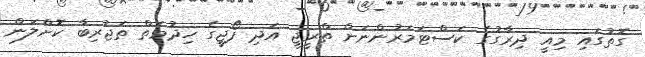
ގޮތުގައި މިއީ ދިރާގުގެ ކަސްޓަމަރުންނަށް ތްރީޖީ އަދި ފޯޖީގެ ހިދުމަތް ތަޖުރިބާ ކޮށްލަން